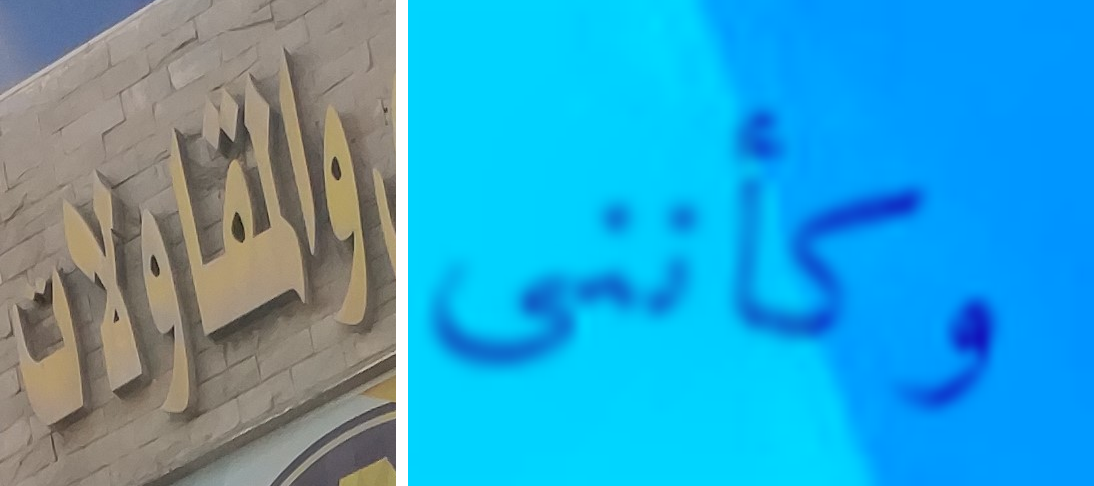
والمقاولات وكأننى